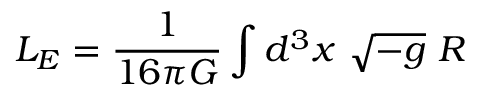
L _ { E } = \frac 1 { 1 6 \pi G } \int d ^ { 3 } x \ \sqrt { - g } \ R